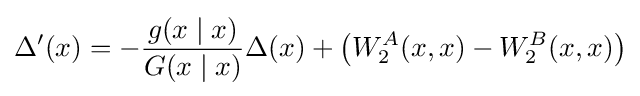
\Delta ^{\prime }(x)=-{\frac {g(x\mid x)}{G(x\mid x)}}\Delta (x)+\left(W_{2}^{A}(x,x)-W_{2}^{B}(x,x)\right)